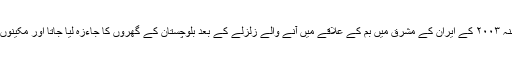
یہ بھی ریاست کی ناکامی کا ایک پہلو ہے کہ اگر بلوچستان کسی اچھی ریاست کا حصہ ہوتا تو سنہ ۲۰۰۳ کے ایران کے مشرق میں بم کے علاقے میں آنے والے زلزلے کے بعد بلوچستان کے گھروں کا جاءزہ لیا جاتا اور مکینوں کو بتایا جاتا کہ ممکنہ زلزلے سے نمٹنے کے لیے گھروں کی تعمیر کس طرح سے کی جاءے۔